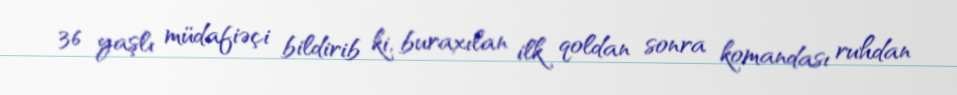
36 yaşlı müdafiəçi bildirib ki, buraxılan ilk qoldan sonra komandası ruhdan